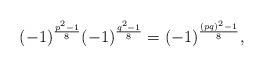
LaTeX: \begin{align*}(-1)^{\frac{p^2-1}{8}}(-1)^{\frac{q^2-1}{8}}=(-1)^{\frac{(pq)^2-1}{8}},\end{align*}